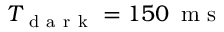
T _ { \mathrm { ~ d ~ a ~ r ~ k ~ } } = 1 5 0 \, \mathrm { ~ m ~ s ~ }